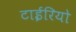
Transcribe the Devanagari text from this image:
टाईरियो